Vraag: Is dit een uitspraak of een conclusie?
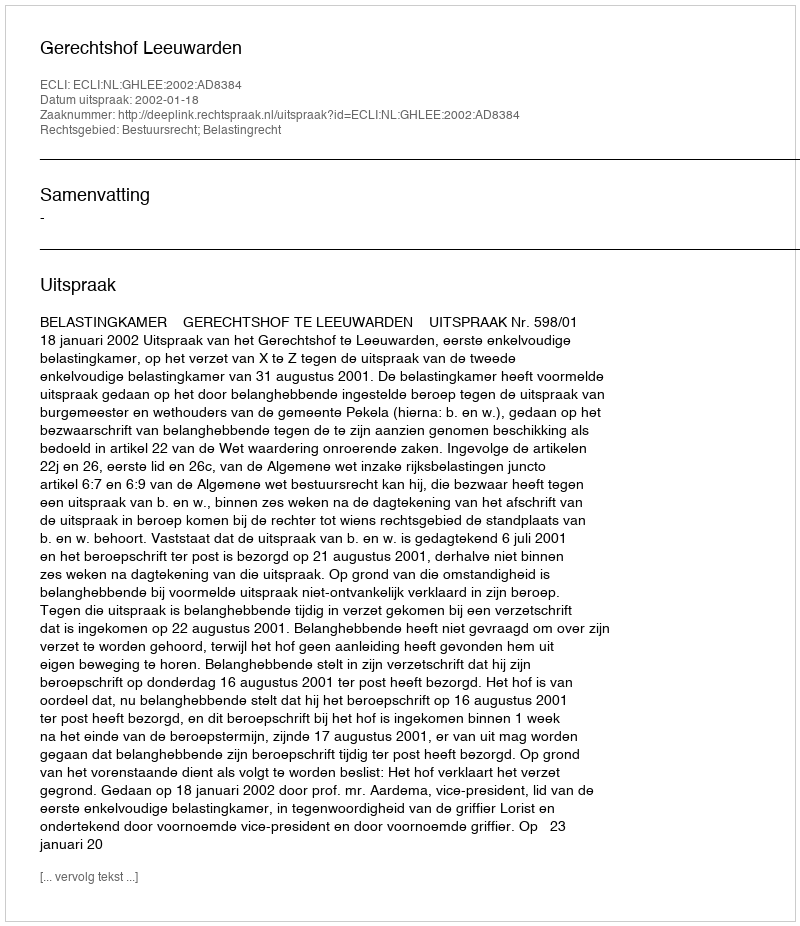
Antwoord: Uitspraak